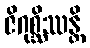
ဇိဂုစ္ဆိဿန္တိ